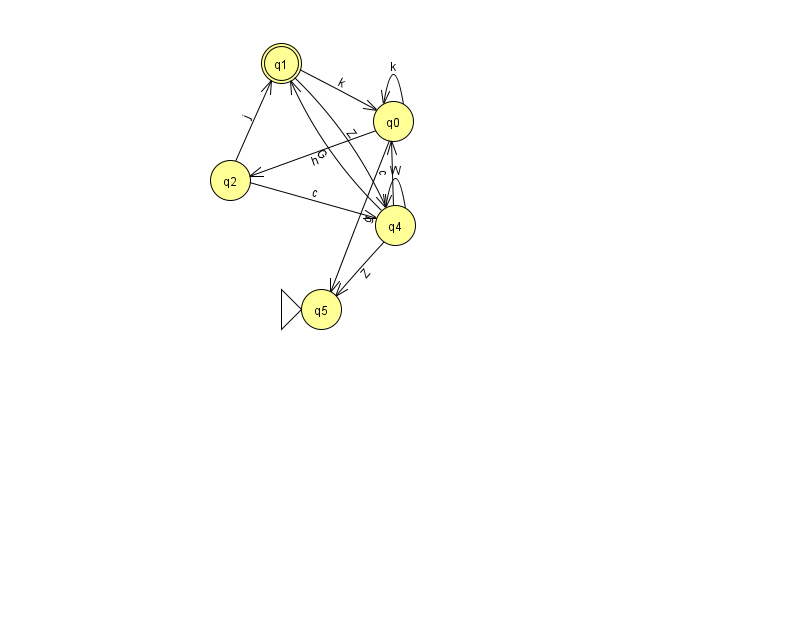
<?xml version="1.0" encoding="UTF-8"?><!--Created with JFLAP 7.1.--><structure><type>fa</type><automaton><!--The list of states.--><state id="0" name="q0"><x>393.0</x><y>108.0</y></state><state id="1" name="q1"><x>281.0</x><y>50.0</y><final/></state><state id="2" name="q2"><x>230.0</x><y>167.0</y></state><state id="4" name="q4"><x>395.0</x><y>212.0</y></state><state id="5" name="q5"><x>321.0</x><y>296.0</y><initial/></state><!--The list of transitions.--><transition><from>4</from><to>5</to><read>Z</read></transition><transition><from>0</from><to>5</to><read>g</read></transition><transition><from>2</from><to>1</to><read>j</read></transition><transition><from>4</from><to>1</to><read>G</read></transition><transition><from>1</from><to>0</to><read>k</read></transition><transition><from>4</from><to>4</to><read>W</read></transition><transition><from>1</from><to>4</to><read>Z</read></transition><transition><from>0</from><to>2</to><read>h</read></transition><transition><from>0</from><to>0</to><read>k</read></transition><transition><from>4</from><to>0</to><read>c</read></transition><transition><from>2</from><to>4</to><read>c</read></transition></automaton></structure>